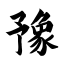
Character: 豫